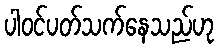
ပါဝင်ပတ်သက်နေသည်ဟု